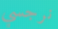
نرجسي